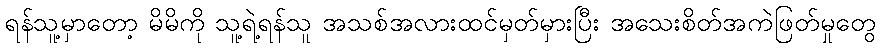
ရန်သူ့မှာတော့ မိမိကို သူ့ရဲ့ရန်သူ အသစ်အလားထင်မှတ်မှားပြီး အသေးစိတ်အကဲဖြတ်မှုတွေ